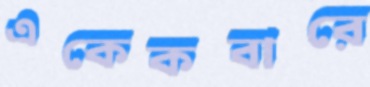
একেকবারে